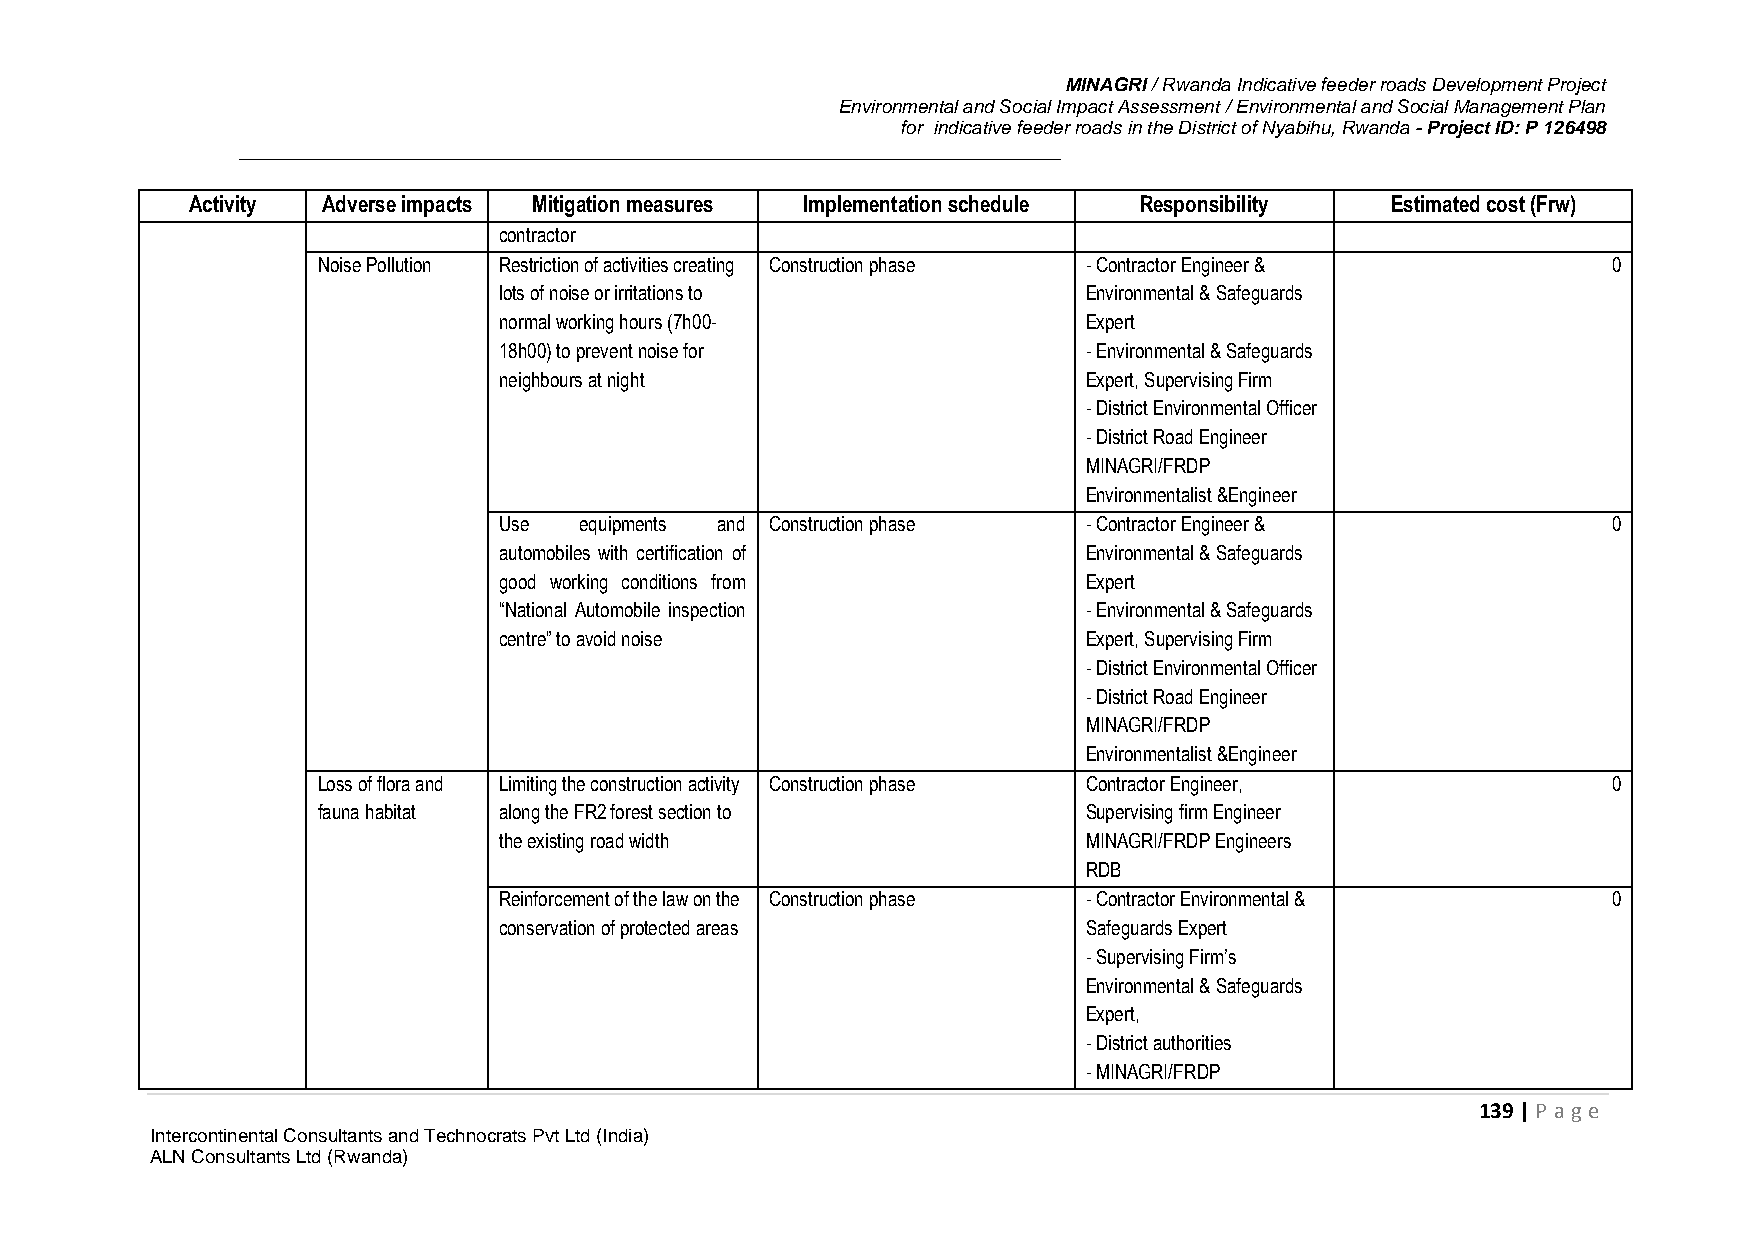
MINAGRI / Rwanda Indicative feeder roads Development Project
 Environmental and Social Impact Assessment / Environmental and Social Management Plan
 for indicative feeder roads in the District of Nyabihu, Rwanda - Project ID: P 126498
 Activity Adverse impacts Mitigation measures Implementation schedule Responsibility Estimated cost (Frw)
 contractor
 Noise Pollution Restriction of activities creating Construction phase - Contractor Engineer & 0
 lots of noise or irritations to        Environmental & Safeguards
 normal working hours (7h00-            Expert
 18h00) to prevent noise for            - Environmental & Safeguards
 neighbours at night                    Expert, Supervising Firm
 - District Environmental Officer
 - District Road Engineer
 MINAGRI/FRDP
 Environmentalist &Engineer
 Use  equipments and Construction phase - Contractor Engineer &            0
 automobiles with certification of      Environmental & Safeguards
 good working conditions from           Expert
 “National Automobile inspection        - Environmental & Safeguards
 centre” to avoid noise                 Expert, Supervising Firm
 - District Environmental Officer
 - District Road Engineer
 MINAGRI/FRDP
 Environmentalist &Engineer
 Loss of flora and Limiting the construction activity Construction phase Contractor Engineer, 0
 fauna habitat along the FR2 forest section to      Supervising firm Engineer
 the existing road width                MINAGRI/FRDP Engineers
 RDB
 Reinforcement of the law on the Construction phase - Contractor Environmental & 0
 conservation of protected areas        Safeguards Expert
 - Supervising Firm’s
 Environmental & Safeguards
 Expert,
 - District authorities
 - MINAGRI/FRDP
 139 | P age
 Intercontinental Consultants and Technocrats Pvt Ltd (India)
 ALN Consultants Ltd (Rwanda)